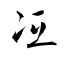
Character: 冱